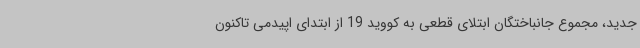
جدید، مجموع جانباختگان ابتلای قطعی به کووید 19 از ابتدای اپیدمی تاکنون